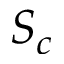
S _ { c }